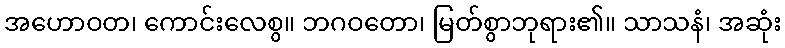
အဟောဝတ၊ ကောင်းလေစွ။ ဘဂဝတော၊ မြတ်စွာဘုရား၏။ သာသနံ၊ အဆုံး